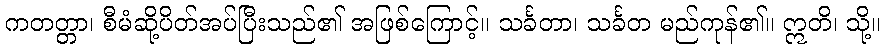
ကတတ္တာ၊ စီမံဆို့ပိတ်အပ်ပြီးသည်၏ အဖြစ်ကြောင့်။ သင်္ခတာ၊ သင်္ခတ မည်ကုန်၏။ ဣတိ၊ သို့။